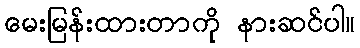
မေးမြန်းထားတာကို နားဆင်ပါ။